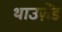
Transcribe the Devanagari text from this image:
थाउज़ेंड